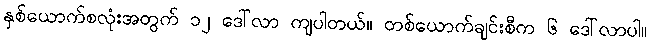
နှစ်ယောက်စလုံးအတွက် ၁၂ ဒေါ်လာ ကျပါတယ်။ တစ်ယောက်ချင်းစီက ၆ ဒေါ်လာပါ။